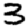
Digit: 3